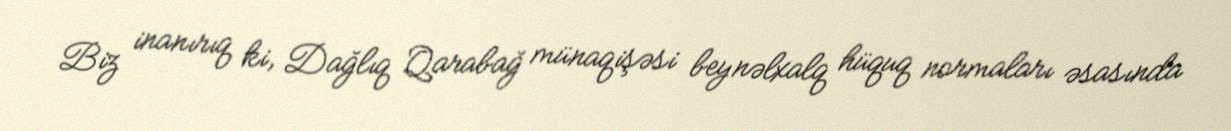
Biz inanırıq ki, Dağlıq Qarabağ münaqişəsi beynəlxalq hüquq normaları əsasında